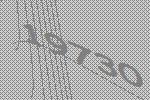
19730